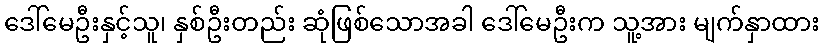
ဒေါ်မေဦးနှင့်သူ၊ နှစ်ဦးတည်း ဆုံဖြစ်သောအခါ ဒေါ်မေဦးက သူ့အား မျက်နှာထား